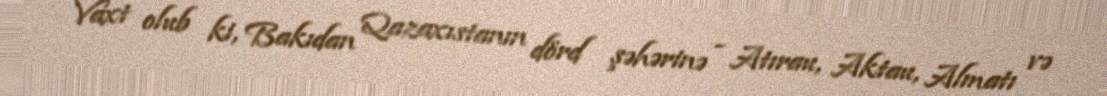
Vaxt olub ki, Bakıdan Qazaxıstanın dörd şəhərinə - Atırau, Aktau, Almatı və